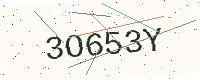
Text: 3O653Y